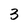
Character: 3